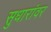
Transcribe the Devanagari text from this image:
सुधारांवर